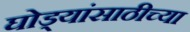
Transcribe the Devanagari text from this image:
घोड्यांसाठीच्या